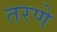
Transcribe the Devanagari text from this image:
तरणे